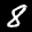
Label: 8